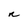
Character: n